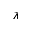
\lambda